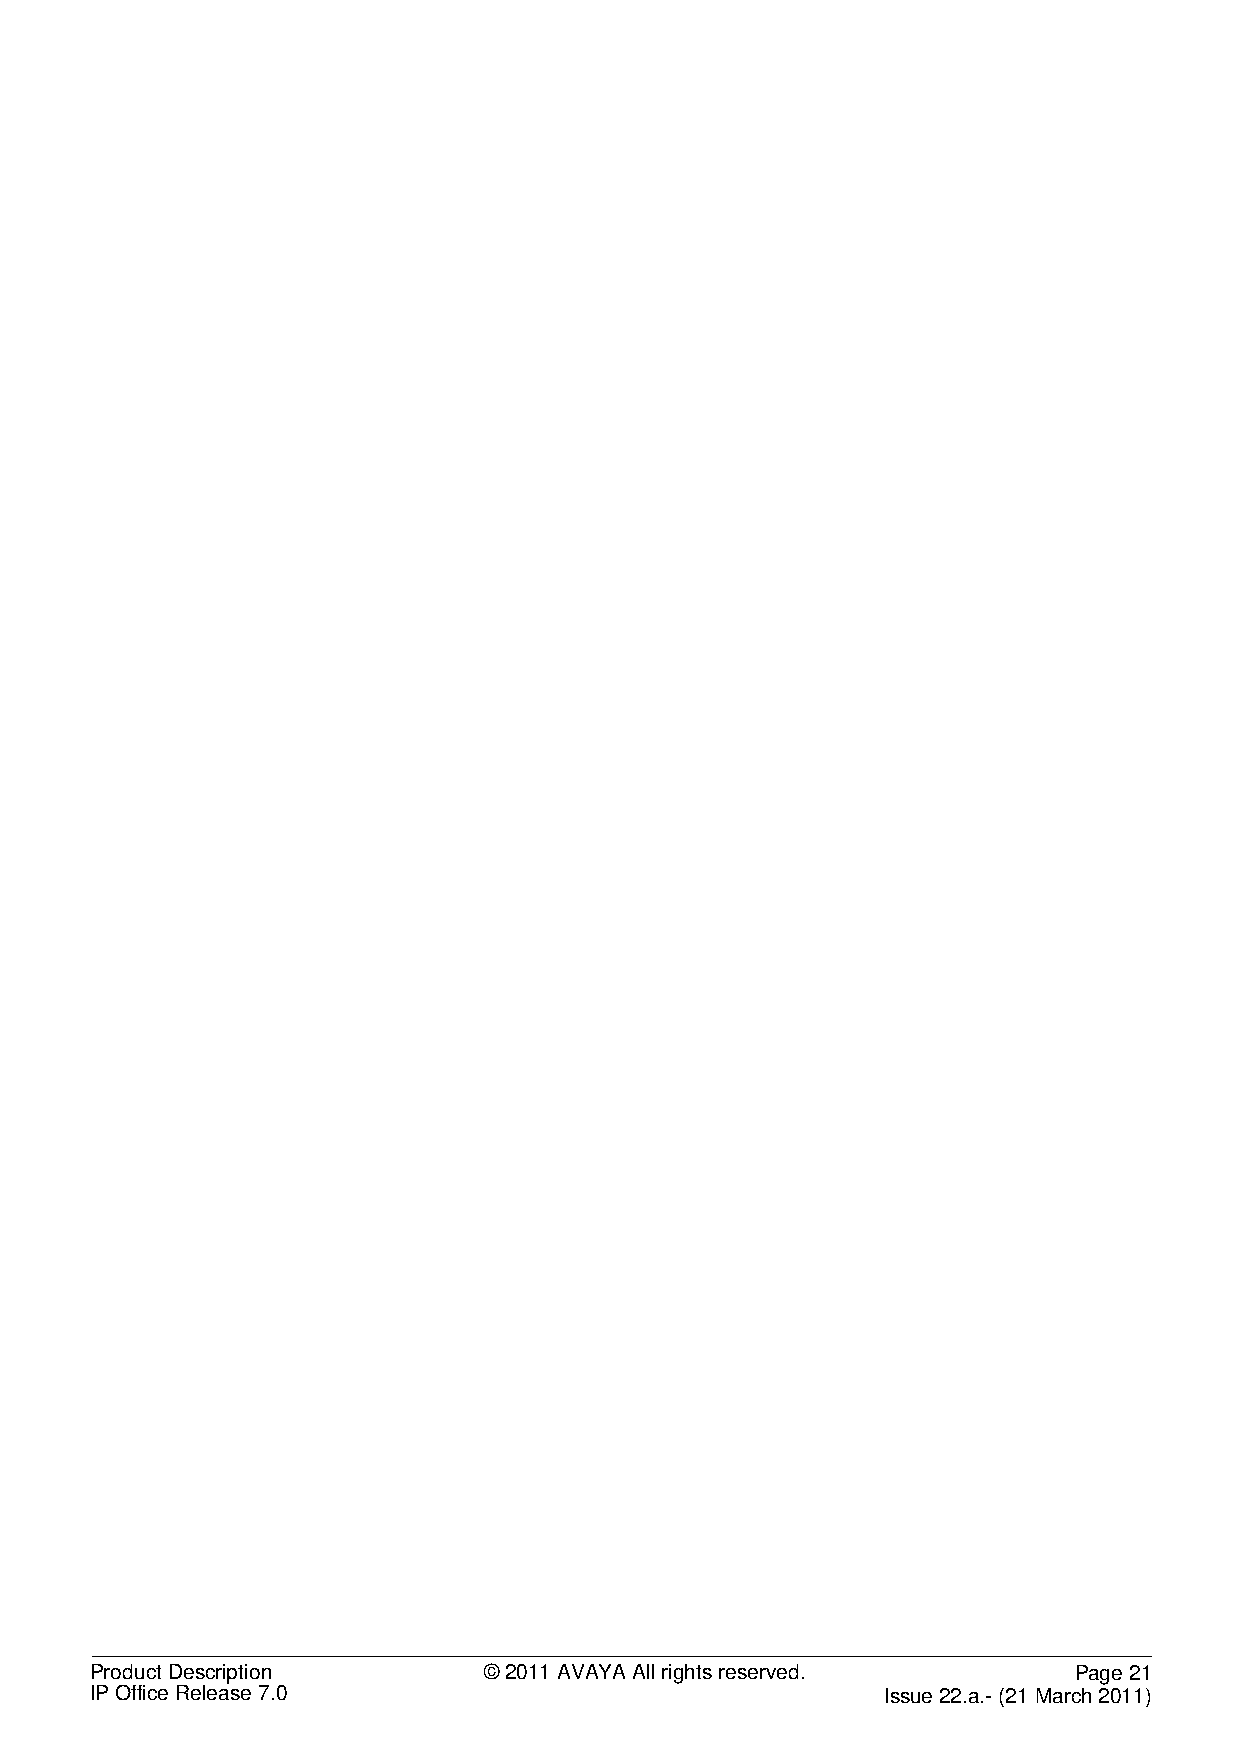
Product Description       © 2011 AVAYA All rights reserved.      Page 21
 IP Office Release 7.0                                Issue 22.a.- (21 March 2011)